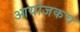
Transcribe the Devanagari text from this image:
आयोजकच